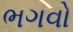
ભગવો